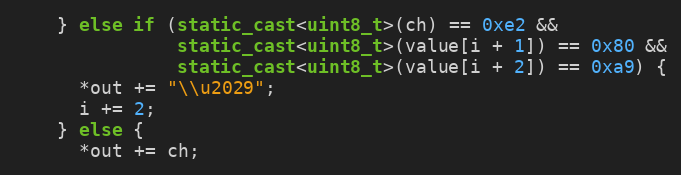
Language: C++
    } else if (static_cast<uint8_t>(ch) == 0xe2 &&
               static_cast<uint8_t>(value[i + 1]) == 0x80 &&
               static_cast<uint8_t>(value[i + 2]) == 0xa9) {
      *out += "\\u2029";
      i += 2;
    } else {
      *out += ch;